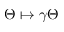
\Theta \mapsto \gamma \Theta